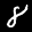
Label: 8